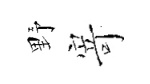
野𭔃